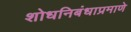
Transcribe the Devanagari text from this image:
शोधनिबंधाप्रमाणे